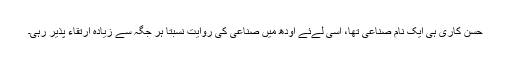
حُسن کاری ہی ایک نام صناعی تھا، اسی لےئے اودھ میں صناعی کی روایت نسبتاً ہر جگہ سے زیادہ ارتقاء پذیر رہی۔